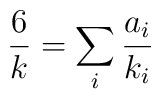
\frac 6 k = \sum_i \frac{a_i}{k_i}